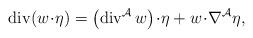
LaTeX: \begin{align*}\operatorname{div}(w\!\cdot\!\eta)=\left(\operatorname{div}^\mathcal{A}w\right)\!\cdot\!\eta+w\!\cdot\!\nabla^\mathcal{A}\eta,\end{align*}